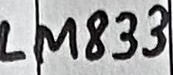
Text: LM833